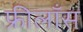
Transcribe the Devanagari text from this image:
फ्रीलाँस